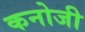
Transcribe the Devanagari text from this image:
कनोजी